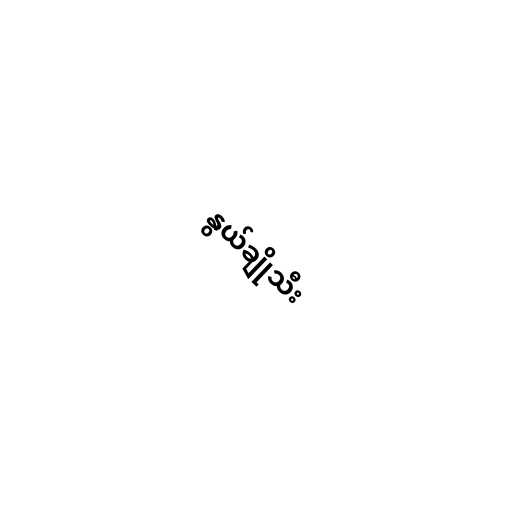
နွယ်ချိုသီး